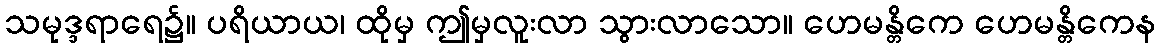
သမုဒ္ဒရာရေ၌။ ပရိယာယ၊ ထိုမှ ဤမှလူးလာ သွားလာသော။ ဟေမန္တိကေ ဟေမန္တိကေန